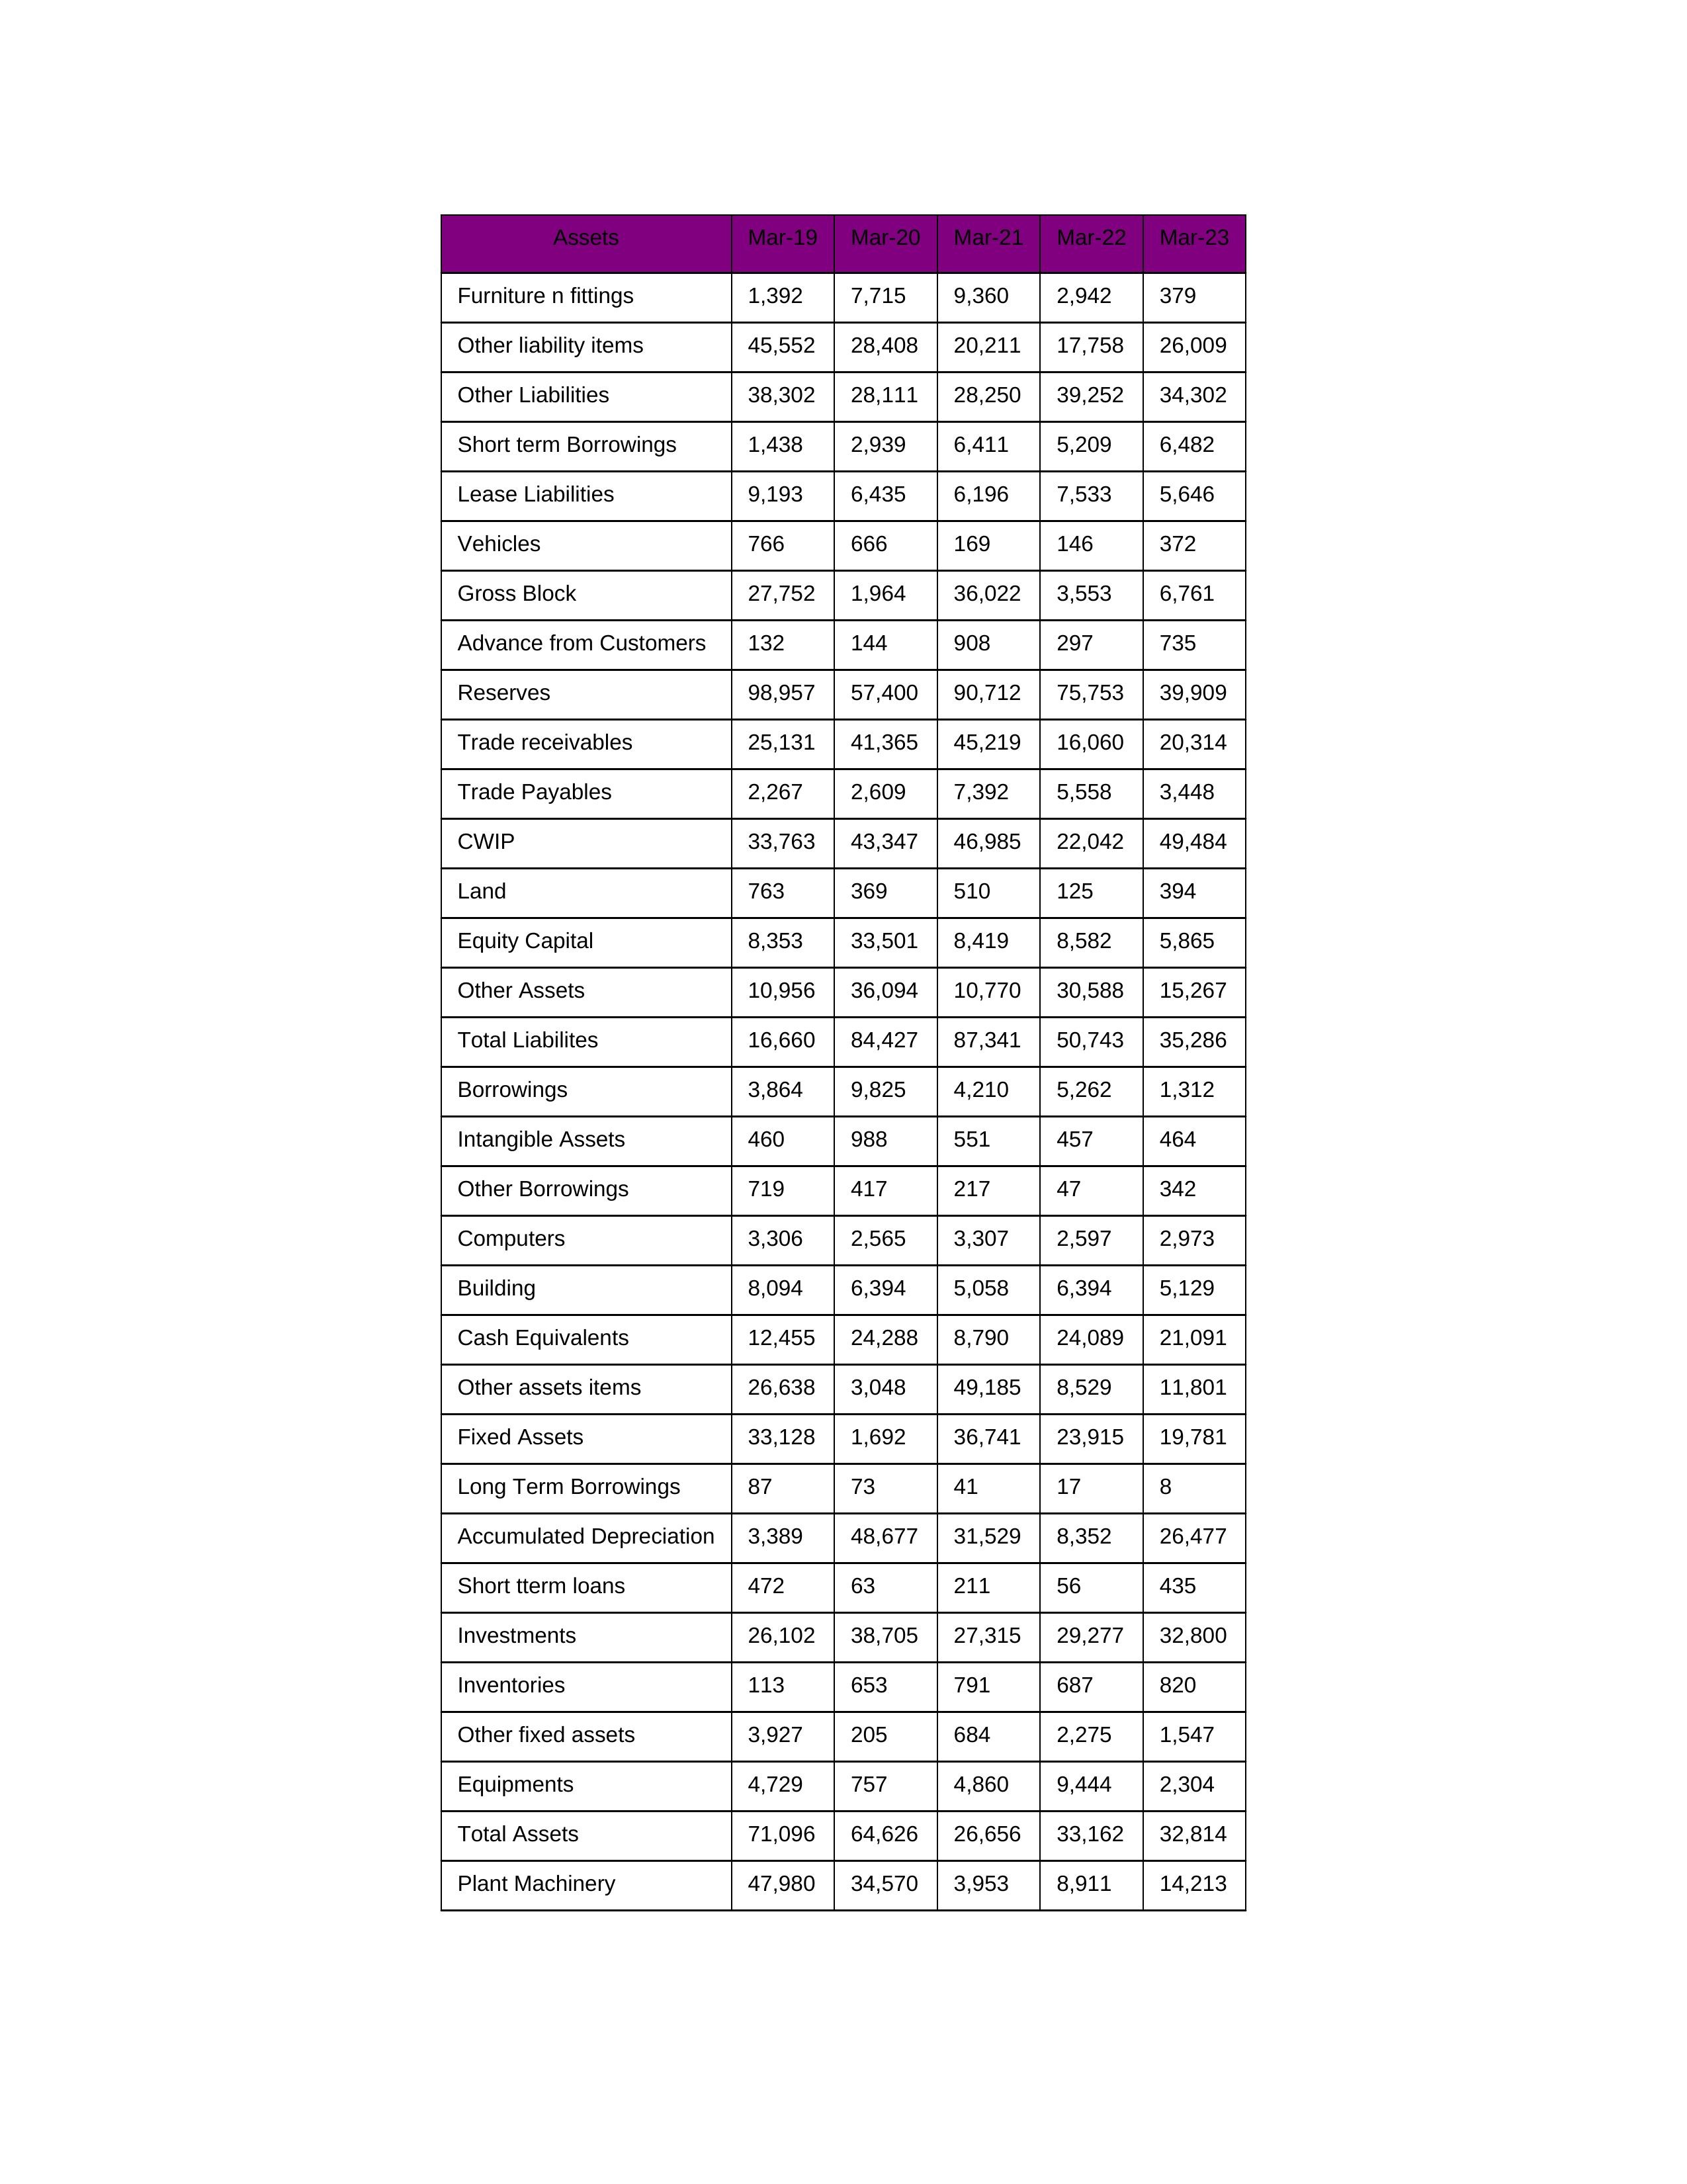
gt_parse: Mar-19: Equity Capital: 8,353
Reserves: 98,957
Borrowings: 3,864
Long Term Borrowings: 87
Short term Borrowings: 1,438
Lease Liabilities: 9,193
Other Borrowings: 719
Other Liabilities: 38,302
Trade Payables: 2,267
Advance from Customers: 132
Other liability items: 45,552
Total Liabilites: 16,660
Fixed Assets: 33,128
Land: 763
Building: 8,094
Plant Machinery: 47,980
Equipments: 4,729
Computers: 3,306
Furniture n fittings: 1,392
Vehicles: 766
Intangible Assets: 460
Other fixed assets: 3,927
Gross Block: 27,752
Accumulated Depreciation: 3,389
CWIP: 33,763
Investments: 26,102
Other Assets: 10,956
Inventories: 113
Trade receivables: 25,131
Cash Equivalents: 12,455
Short tterm loans: 472
Other assets items: 26,638
Total Assets: 71,096
Mar-20: Equity Capital: 33,501
Reserves: 57,400
Borrowings: 9,825
Long Term Borrowings: 73
Short term Borrowings: 2,939
Lease Liabilities: 6,435
Other Borrowings: 417
Other Liabilities: 28,111
Trade Payables: 2,609
Advance from Customers: 144
Other liability items: 28,408
Total Liabilites: 84,427
Fixed Assets: 1,692
Land: 369
Building: 6,394
Plant Machinery: 34,570
Equipments: 757
Computers: 2,565
Furniture n fittings: 7,715
Vehicles: 666
Intangible Assets: 988
Other fixed assets: 205
Gross Block: 1,964
Accumulated Depreciation: 48,677
CWIP: 43,347
Investments: 38,705
Other Assets: 36,094
Inventories: 653
Trade receivables: 41,365
Cash Equivalents: 24,288
Short tterm loans: 63
Other assets items: 3,048
Total Assets: 64,626
Mar-21: Equity Capital: 8,419
Reserves: 90,712
Borrowings: 4,210
Long Term Borrowings: 41
Short term Borrowings: 6,411
Lease Liabilities: 6,196
Other Borrowings: 217
Other Liabilities: 28,250
Trade Payables: 7,392
Advance from Customers: 908
Other liability items: 20,211
Total Liabilites: 87,341
Fixed Assets: 36,741
Land: 510
Building: 5,058
Plant Machinery: 3,953
Equipments: 4,860
Computers: 3,307
Furniture n fittings: 9,360
Vehicles: 169
Intangible Assets: 551
Other fixed assets: 684
Gross Block: 36,022
Accumulated Depreciation: 31,529
CWIP: 46,985
Investments: 27,315
Other Assets: 10,770
Inventories: 791
Trade receivables: 45,219
Cash Equivalents: 8,790
Short tterm loans: 211
Other assets items: 49,185
Total Assets: 26,656
Mar-22: Equity Capital: 8,582
Reserves: 75,753
Borrowings: 5,262
Long Term Borrowings: 17
Short term Borrowings: 5,209
Lease Liabilities: 7,533
Other Borrowings: 47
Other Liabilities: 39,252
Trade Payables: 5,558
Advance from Customers: 297
Other liability items: 17,758
Total Liabilites: 50,743
Fixed Assets: 23,915
Land: 125
Building: 6,394
Plant Machinery: 8,911
Equipments: 9,444
Computers: 2,597
Furniture n fittings: 2,942
Vehicles: 146
Intangible Assets: 457
Other fixed assets: 2,275
Gross Block: 3,553
Accumulated Depreciation: 8,352
CWIP: 22,042
Investments: 29,277
Other Assets: 30,588
Inventories: 687
Trade receivables: 16,060
Cash Equivalents: 24,089
Short tterm loans: 56
Other assets items: 8,529
Total Assets: 33,162
Mar-23: Equity Capital: 5,865
Reserves: 39,909
Borrowings: 1,312
Long Term Borrowings: 8
Short term Borrowings: 6,482
Lease Liabilities: 5,646
Other Borrowings: 342
Other Liabilities: 34,302
Trade Payables: 3,448
Advance from Customers: 735
Other liability items: 26,009
Total Liabilites: 35,286
Fixed Assets: 19,781
Land: 394
Building: 5,129
Plant Machinery: 14,213
Equipments: 2,304
Computers: 2,973
Furniture n fittings: 379
Vehicles: 372
Intangible Assets: 464
Other fixed assets: 1,547
Gross Block: 6,761
Accumulated Depreciation: 26,477
CWIP: 49,484
Investments: 32,800
Other Assets: 15,267
Inventories: 820
Trade receivables: 20,314
Cash Equivalents: 21,091
Short tterm loans: 435
Other assets items: 11,801
Total Assets: 32,814